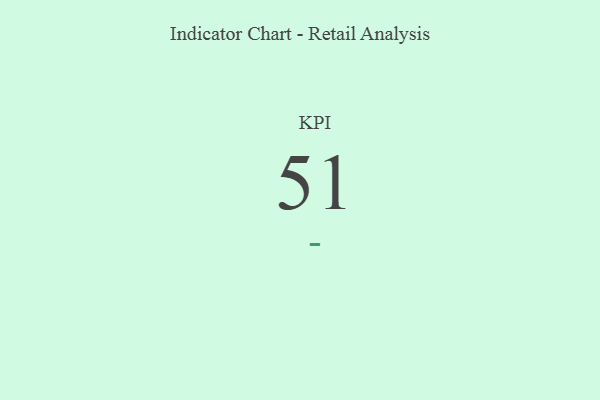
{"axis": {"x": "KPI", "y": "Value"}, "legend": [""], "data": [{"x": "KPI", "y": 51, "type": ""}]}